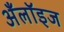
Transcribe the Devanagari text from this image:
अँलॉइज